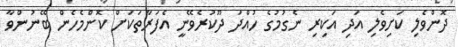
ދޮންވެލި ކަށިވެލި އަދި އަކިރި ނެގުމުގެ ހުއްދަ ދޫކުރެވޭނީ އެފަރާތަކަށް ކޮންމެހެން ބޭނުންވާ